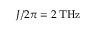
J / 2 \pi = 2 \, \mathrm { T H z }